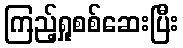
ကြည့်ရှုစစ်ဆေးပြီး